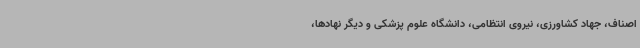
اصناف، جهاد کشاورزی، نیروی انتظامی، دانشگاه علوم پزشکی و دیگر نهادها،